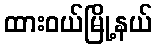
ထားဝယ်မြို့နယ်